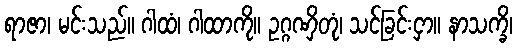
ရာဇာ၊ မင်းသည်။ ဂါထံ၊ ဂါထာကို။ ဥဂ္ဂဏှိတုံ၊ သင်ခြင်းငှာ။ နာသက္ခိ၊